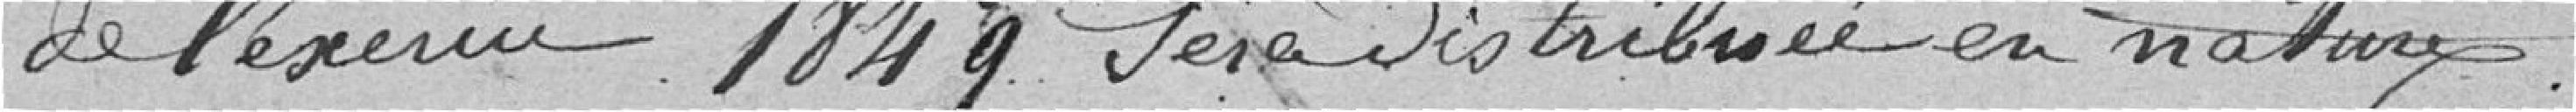
de l'exercice 1849 sera distribuée en nature.